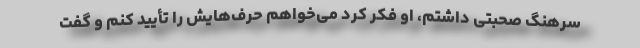
سرهنگ صحبتی داشتم، او فكر كرد می‌خواهم حرف‌هایش را تأیید كنم و گفت